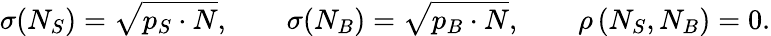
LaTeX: \sigma(N_{S})=\sqrt{p_{S}\cdot N},\qquad\sigma(N_{B})=\sqrt{p_{B}\cdot N},\qquad\rho\, (N_{S},N_{B})=0.